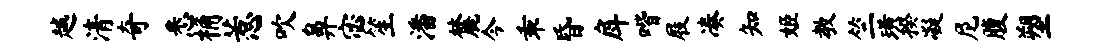
越清奇悉桷惹吹鼻宓笙潘麓今乖昏戽喈屐凑知姬教竺璜揆凝尼腹塑